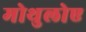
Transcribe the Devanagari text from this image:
मोथुलोए